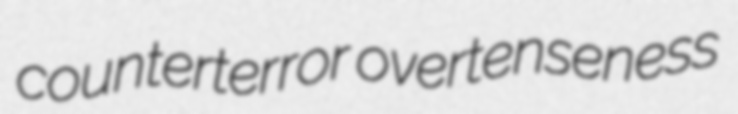
counterterror overtenseness